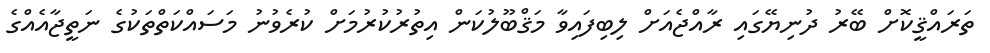
ތަރައްޤީކޮށް ބޭރު ދުނިޔޭގައި ރާއްޖެއަށް ލިބިފައިވާ މަޤްބޫލުކަން އިތުރުކުރުމަށް ކުރެވުނު މަސައްކަތްތަކުގެ ނަތީޖާއެއްގެ